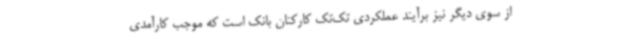
از سوی دیگر نیز برآیند عملکردی تک‌تک کارکنان بانک است که موجب کارآمدی